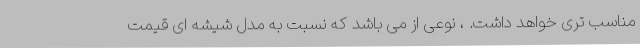
مناسب تری خواهد داشت. ، نوعی از می باشد که نسبت به مدل شیشه ای قیمت